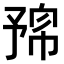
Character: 𠄛